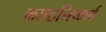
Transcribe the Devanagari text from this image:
काष्ठनिष्कर्ष